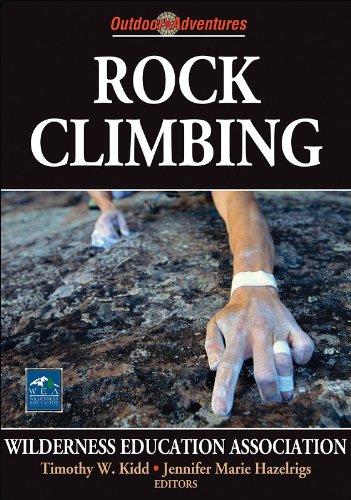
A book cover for Rock Climbing (Outdoor Adventures); Wilderness Education Association; Sports & Outdoors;